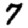
Digit: 7